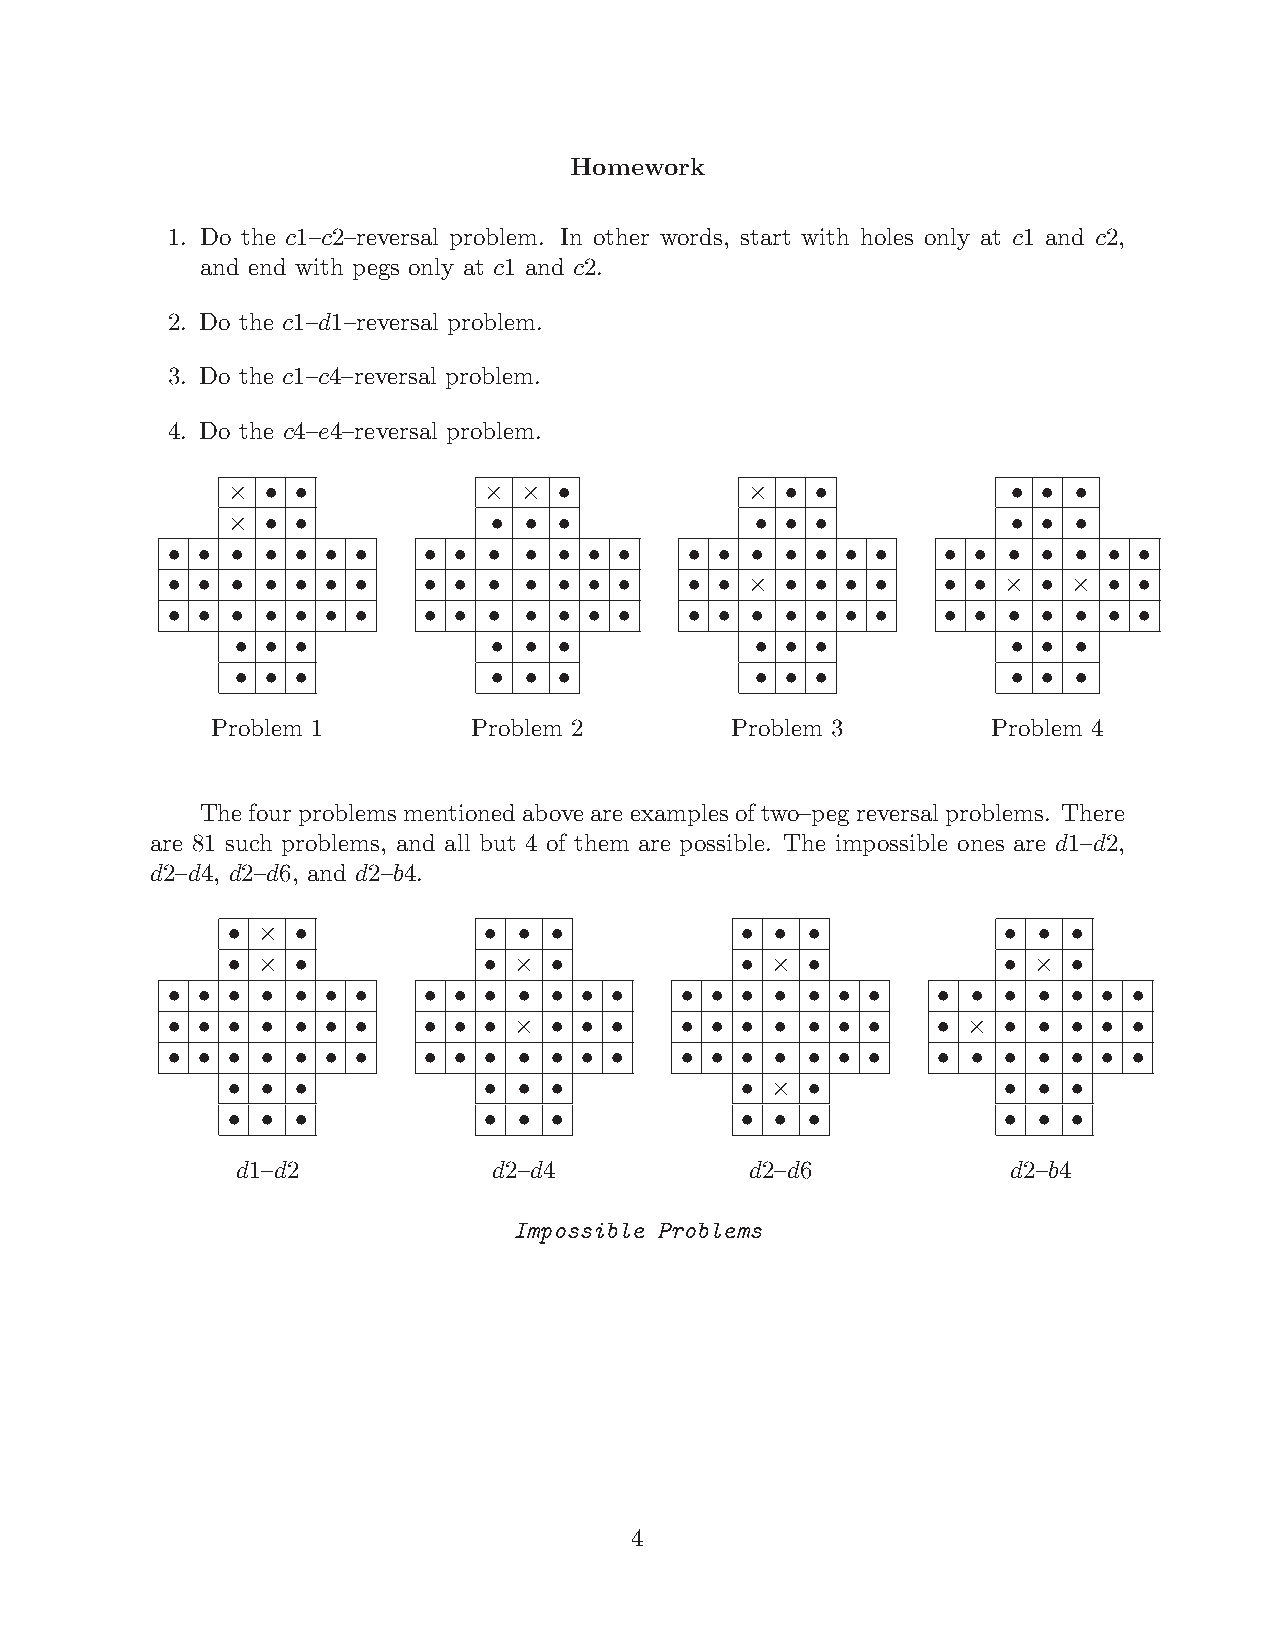
Homework
 1. Do the c1{c2{reversal problem. In other words, start with holes only at c1 and c2,
 and end with pegs only at c1 and c2.
 2. Do the c1{d1{reversal problem.
 3. Do the c1{c4{reversal problem.
 4. Do the c4{e4{reversal problem.
 £  † †           £  £ †            £ † †            † † †
 £  † †            † † †            † † †            † † †
 † † †  † † † †   † † †  † † † †    † † † † † † †    † † † † † † †
 † † †  † † † †   † † †  † † † †    † † £ † † † †    † † £ † £ † †
 † † †  † † † †   † † †  † † † †    † † † † † † †    † † † † † † †
 † † †            † † †            † † †            † † †
 † † †            † † †            † † †            † † †
 Problem 1        Problem 2        Problem 3         Problem 4
 Thefourproblemsmentionedaboveareexamplesoftwo{pegreversalproblems. There
 are 81 such problems, and all but 4 of them are possible. The impossible ones are d1{d2,
 d2{d4, d2{d6, and d2{b4.
 † £  †           † †  †           † † †            †  † †
 † £  †           † £  †           † £ †            † £  †
 † † † †  † † †   † † † †  † † †   † † † † † † †    † † †  † † † †
 † † † †  † † †   † † † £  † † †   † † † † † † †    † £ †  † † † †
 † † † †  † † †   † † † †  † † †   † † † † † † †    † † †  † † † †
 † †  †           † †  †           † £ †            †  † †
 † †  †           † †  †           † † †            †  † †
 d1{d2            d2{d4            d2{d6            d2{b4
 Impossible Problems
 4